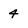
Character: 4